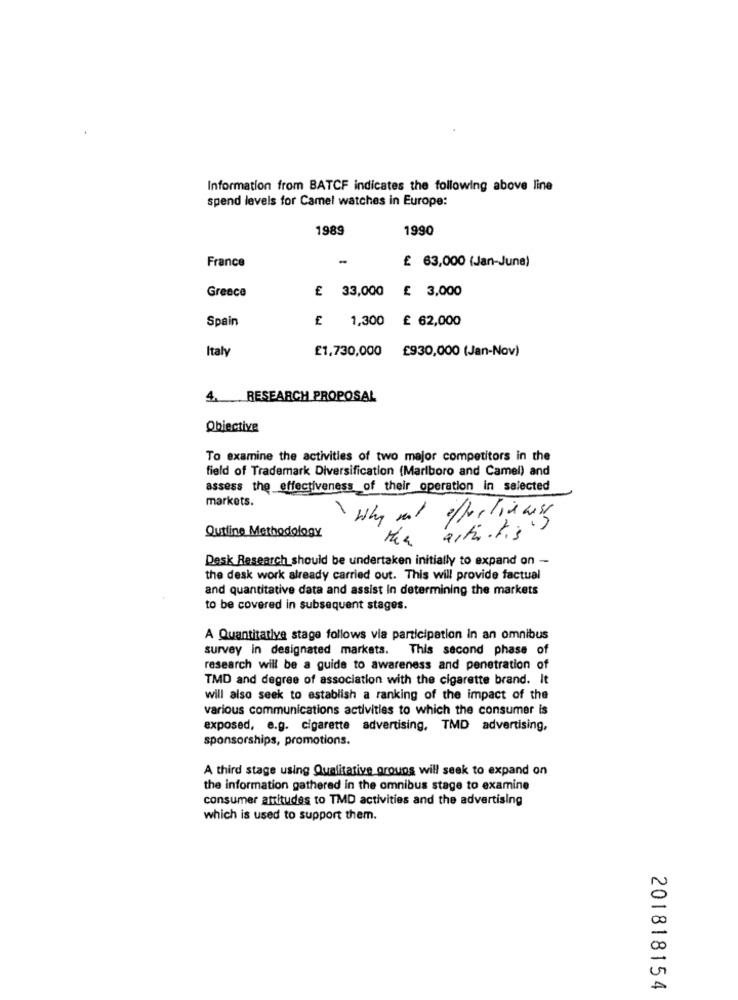
Information from BATCF indicates the following above line
spend levels for Camel watches in Europe:
1989
1990
France
-
£ 63,000 (Jan-June)
Greece
£ 33,000 £ 3,000
£ 1,300 £ 62,000
Spain
Italy
£1,730,000 £930,000 (Jan-Nov)
4. RESEARCH PROPOSAL
Obiective
To examine the activities of two major competitors in the
field of Trademark Diversification (Marlboro and Camel) and
assess the effectiveness of their operation in selected
markets.
why and effectiveness
Outline Methodology
alti ris
Desk Research should be undertaken initially to expand on -
the desk work already carried out. This will provide factual
and quantitative data and assist In determining the markets
to be covered in subsequent stages.
A Quantitative stage follows via participation in an omnibus
survey in designated markets. This second phase of
research will be a guide to awareness and penetration of
TMD and degree of association with the cigarette brand. It
will also seek to establish a ranking of the impact of the
various communications activities to which the consumer is
exposed, e.g. cigarette advertising, TMD advertising,
sponsorships, promotions.
A third stage using Qualitative groups will seek to expand on
the information gathered in the omnibus stage to examine
consumer attitudes to TMD activities and the advertising
which is used to support them.
00
A
201818154